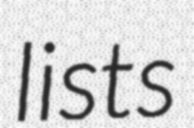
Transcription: lists